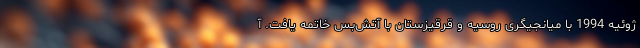
ژوئیه 1994 با میانجیگری روسیه و قرقیزستان با آتش‌بس خاتمه یافت. آ